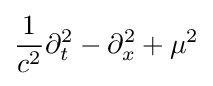
{\frac {1}{c^{2}}}\partial _{t}^{2}-\partial _{x}^{2}+\mu ^{2}